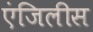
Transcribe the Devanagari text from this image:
एंजिलीस